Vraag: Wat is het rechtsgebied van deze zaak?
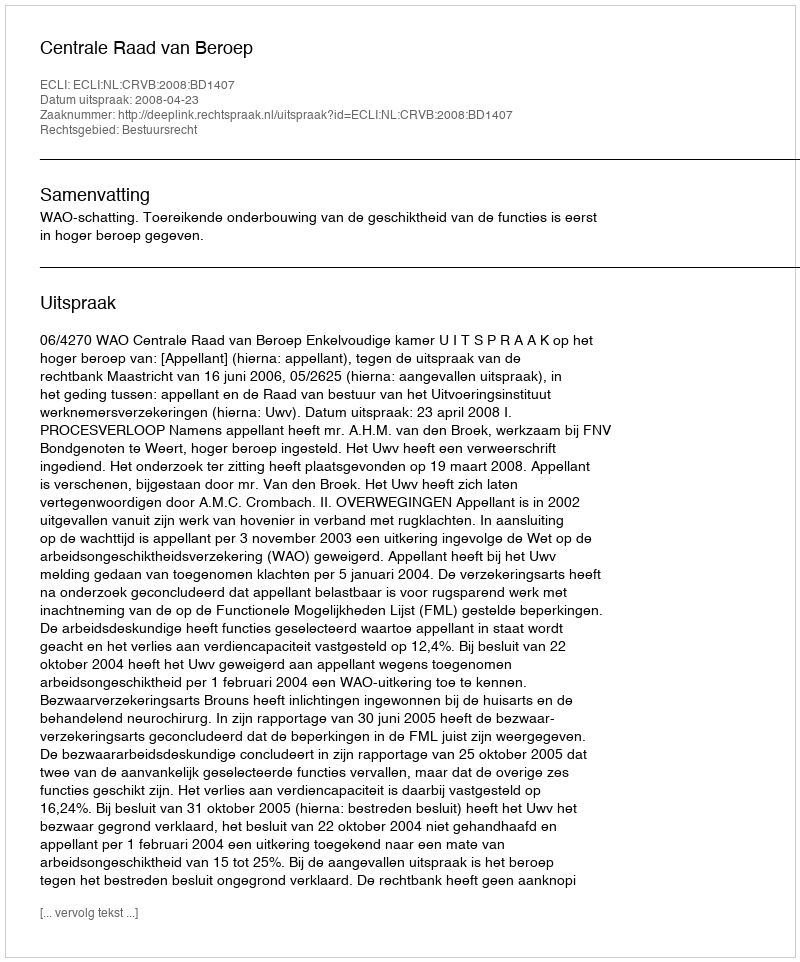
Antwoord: Bestuursrecht